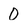
Character: 0